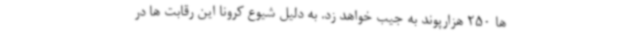
ها 250 هزارپوند به جیب خواهد زد. به دلیل شیوع کرونا این رقابت ها در